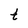
Character: t